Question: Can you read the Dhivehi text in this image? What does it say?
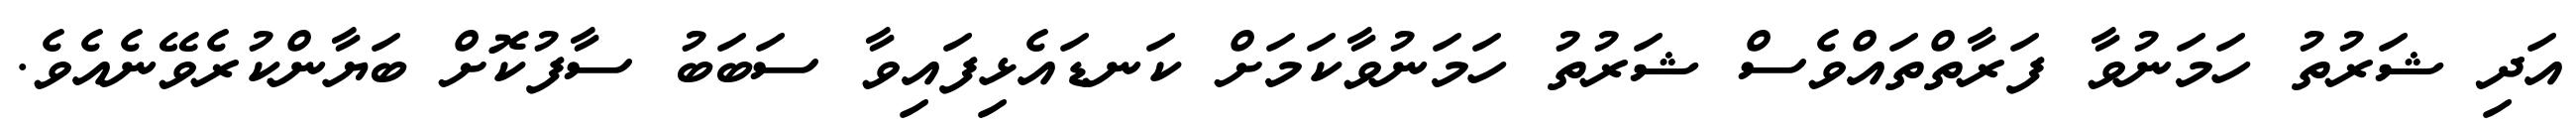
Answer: އަދި ޝަރުތު ހަމަނުވާ ފަރާތްތައްވެސް ޝަރުތު ހަމަނުވާކަމަށް ކަނޑައެޅިފައިވާ ސަބަބު ސާފުކޮށް ބަޔާންކުރެވޭނެއެވެ.